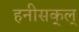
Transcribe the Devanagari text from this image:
हनीसक्‌ल्‌